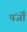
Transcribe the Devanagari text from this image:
पंजोँ